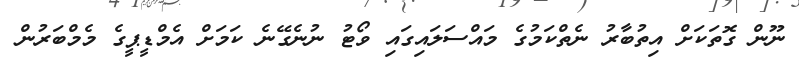
ނޫން ގޮތަކަށް އިތުބާރު ނެތްކަމުގެ މައްސަލައިގައި ވޯޓު ނުނެގޭނެ ކަމަށް އެމްޑީޕީގެ މެމްބަރުން